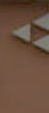
*